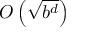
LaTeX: O \left( { \sqrt { b ^ { d } } } \right)